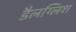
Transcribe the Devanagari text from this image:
डैलग्लिश